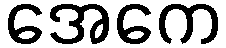
အေကေ